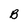
Character: B